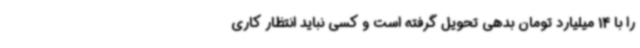
را با 14 میلیارد تومان بدهی تحویل گرفته است و کسی نباید انتظار کاری